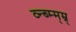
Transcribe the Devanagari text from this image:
व्न्ब्म्म्म्न्